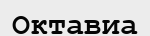
Октавиа